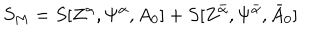
S _ { M } = S [ Z ^ { \alpha } , \Psi ^ { \alpha } , A _ { 0 } ] + S [ Z ^ { { \bar { \alpha } } } , \Psi ^ { { \bar { \alpha } } } , { \bar { A } } _ { 0 } ]